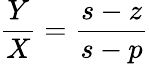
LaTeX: {\frac{Y}{X}}={\frac{s-z}{s-p}}